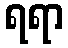
ရရာ